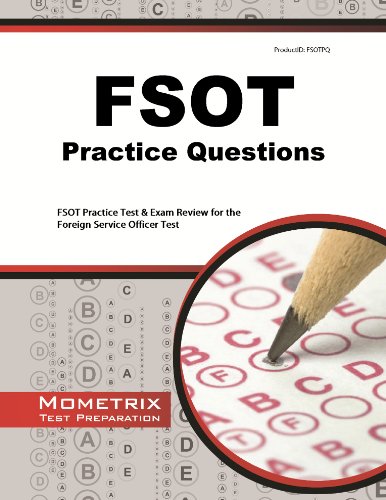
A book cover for FSOT Practice Questions: FSOT Practice Tests & Exam Review for the Foreign Service Officer Test (Mometrix Test Preparation); FSOT Exam Secrets Test Prep Team; Test Preparation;